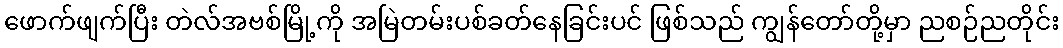
ဖောက်ဖျက်ပြီး တဲလ်အဗစ်မြို့ကို အမြဲတမ်းပစ်ခတ်နေခြင်းပင် ဖြစ်သည် ကျွန်တော်တို့မှာ ညစဉ်ညတိုင်း